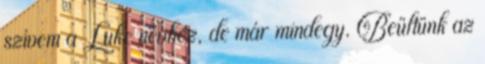
szívem a Luke névhez, de már mindegy. Beültünk az